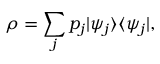
\rho = \sum _ { j } p _ { j } | \psi _ { j } \rangle \langle \psi _ { j } | ,